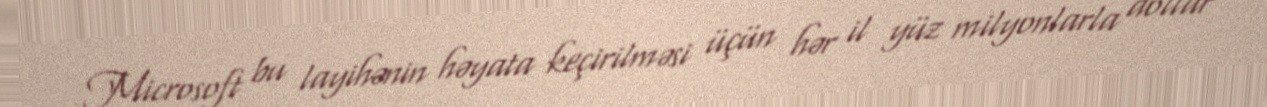
Microsoft bu layihənin həyata keçirilməsi üçün hər il yüz milyonlarla dollar